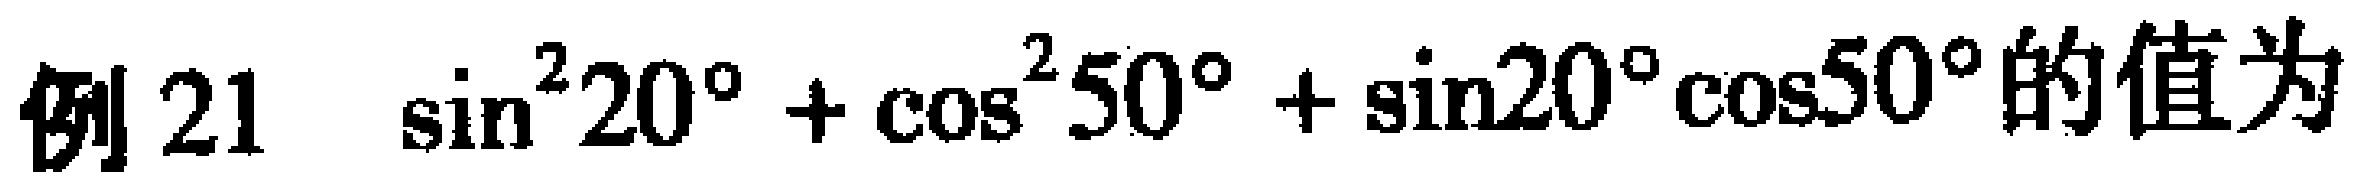
例21 $\sin^{2}20^{\circ}+\cos^{2}50^{\circ}+\sin20^{\circ}\cos50^{\circ}$的值为